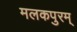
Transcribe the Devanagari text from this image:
मलकपुरम्‌